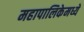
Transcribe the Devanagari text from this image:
महापालिकेमध्ये